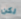
لكن